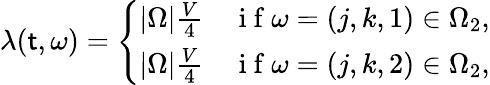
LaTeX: \lambda(\mathsf{t},\omega)=\left\{ \begin{array}{ll}{|\Omega|\frac{V}{4}}&{\mathrm{~i~f~}\omega=(j,k,1)\in\Omega_{2},}\\ {|\Omega|\frac{V}{4}}&{\mathrm{~i~f~}\omega=(j,k,2)\in\Omega_{2},}\end{array}\right.